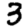
Digit: 3